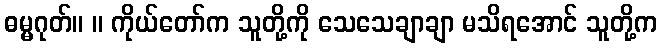
ဓမ္မဂုတ်။ ။ ကိုယ်တော်က သူတို့ကို သေသေချာချာ မသိရအောင် သူတို့က